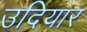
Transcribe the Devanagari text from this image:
उदियार